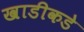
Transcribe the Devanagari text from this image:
खाडीकडे